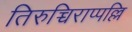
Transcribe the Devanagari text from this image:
तिरुच्चिराप्पल्लि